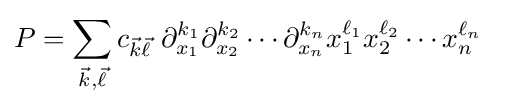
P=\sum _{{\vec {k}},{\vec {\ell }}}c_{{\vec {k}}{\vec {\ell }}}\,\,\partial _{x_{1}}^{k_{1}}\partial _{x_{2}}^{k_{2}}\cdots \partial _{x_{n}}^{k_{n}}x_{1}^{\ell _{1}}x_{2}^{\ell _{2}}\cdots x_{n}^{\ell _{n}}~